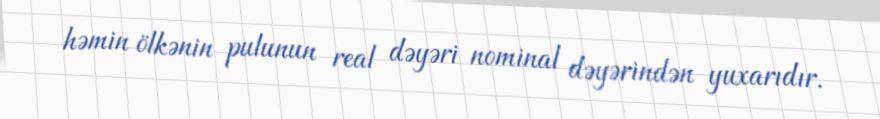
həmin ölkənin pulunun real dəyəri nominal dəyərindən yuxarıdır.